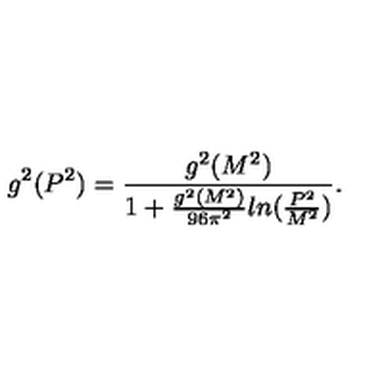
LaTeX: g ^ { 2 } ( P ^ { 2 } ) = \frac { g ^ { 2 } ( M ^ { 2 } ) } { 1 + \frac { g ^ { 2 } ( M ^ { 2 } ) } { 9 6 \pi ^ { 2 } } l n ( \frac { P ^ { 2 } } { M ^ { 2 } } ) } .